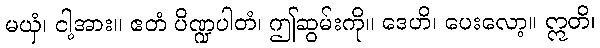
မယှံ၊ ငါ့အား။ ဧတံ ပိဏ္ဍပါတံ၊ ဤဆွမ်းကို။ ဒေဟိ၊ ပေးလော့။ ဣတိ၊